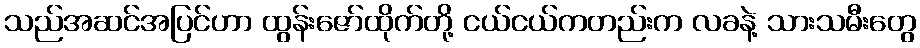
သည်အဆင်အပြင်ဟာ ထွန်းဇော်ထိုက်တို့ ငယ်ငယ်ကတည်းက လခနဲ့ သားသမီးတွေ